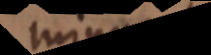
minu